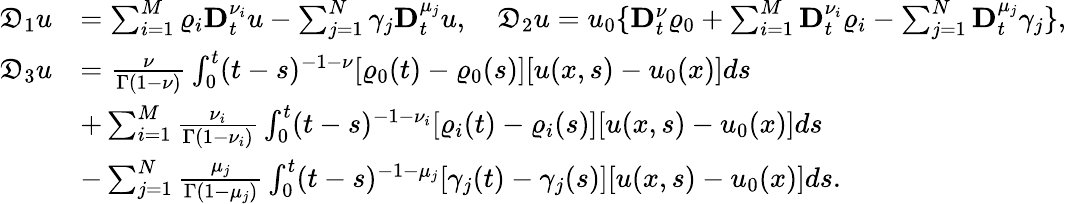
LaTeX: \begin{array}{rl}{\mathfrak{D}_{1}u}&{=\sum_{i=1}^{M}\varrho_{i}\mathbf{D}_{t}^{\nu_{i}}u-\sum_{j=1}^{N}\gamma_{j}\mathbf{D}_{t}^{\mu_{j}}u,\quad\mathfrak{D}_{2}u=u_{0}\{ \mathbf{D}_{t}^{\nu}\varrho_{0}+\sum_{i=1}^{M}\mathbf{D}_{t}^{\nu_{i}}\varrho_{i}-\sum_{j=1}^{N}\mathbf{D}_{t}^{\mu_{j}}\gamma_{j}\} ,}\\ {\mathfrak{D}_{3}u}&{=\frac{\nu}{\Gamma(1-\nu)}\int_{0}^{t}(t-s)^{-1-\nu}[\varrho_{0}(t)-\varrho_{0}(s)][u(x,s)-u_{0}(x)]ds}\\ &{+\sum_{i=1}^{M}\frac{\nu_{i}}{\Gamma(1-\nu_{i})}\int_{0}^{t}(t-s)^{-1-\nu_{i}}[\varrho_{i}(t)-\varrho_{i}(s)][u(x,s)-u_{0}(x)]ds}\\ &{-\sum_{j=1}^{N}\frac{\mu_{j}}{\Gamma(1-\mu_{j})}\int_{0}^{t}(t-s)^{-1-\mu_{j}}[\gamma_{j}(t)-\gamma_{j}(s)][u(x,s)-u_{0}(x)]ds.}\end{array}